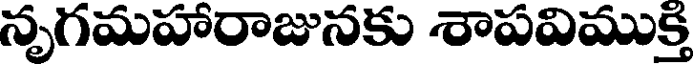
నృగమహారాజునకు శాపవిముక్తి